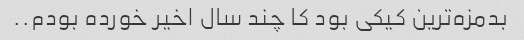
بدمزه‌ترین کیکی بود کا چند سال اخیر خورده بودم..